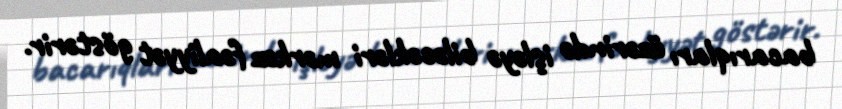
bacarıqları üzərində işləyə biləcəkləri mərkəz fəaliyyət göstərir.